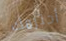
أحترمك